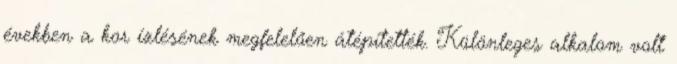
években a kor ízlésének megfelelően átépítették. Különleges alkalom volt